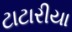
ટાટારીયા